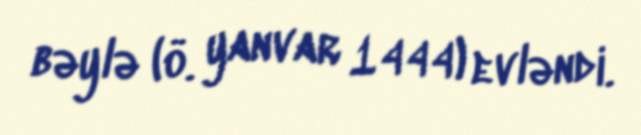
bəylə (ö. yanvar 1444) evləndi.